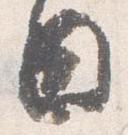
日